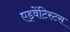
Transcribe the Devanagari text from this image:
एड्वेंटिस्टस